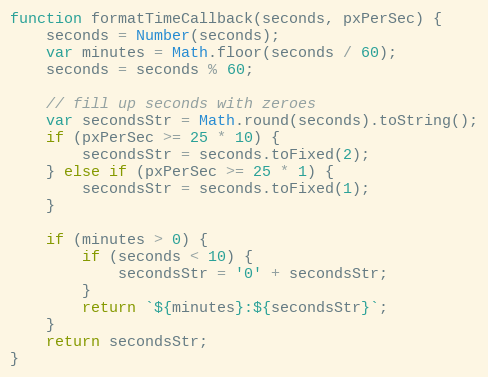
Language: JavaScript
function formatTimeCallback(seconds, pxPerSec) {
    seconds = Number(seconds);
    var minutes = Math.floor(seconds / 60);
    seconds = seconds % 60;

    // fill up seconds with zeroes
    var secondsStr = Math.round(seconds).toString();
    if (pxPerSec >= 25 * 10) {
        secondsStr = seconds.toFixed(2);
    } else if (pxPerSec >= 25 * 1) {
        secondsStr = seconds.toFixed(1);
    }

    if (minutes > 0) {
        if (seconds < 10) {
            secondsStr = '0' + secondsStr;
        }
        return `${minutes}:${secondsStr}`;
    }
    return secondsStr;
}